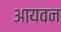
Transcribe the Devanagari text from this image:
आयवन